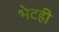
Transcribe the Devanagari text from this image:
भेटही